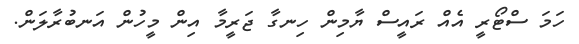
ހަމަ ސްޓޯރީ އެއް ރައީސް ޔާމިން ހިނގާ ޖަރީމާ އިން މީހުން އަނބުރާލަން.